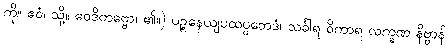
ကို။ ဧဝံ၊ သို့။ ဝေဒိတဗ္ဗော၊ ၏။) ပဉ္စနေယျပထပ္ပဘေဒံ၊ သင်္ခါရ ဝိကာရ လက္ခဏ နိဗ္ဗာန်